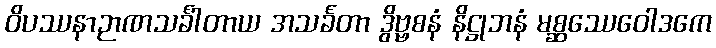
ဝိပဿနာဉာဏသင်္ခါတာယ အသင်္ခတာ ဒွိဗ္ဗစနံ နိဋ္ဌုဘနံ မစ္ဆဿေဝေါဒကေ